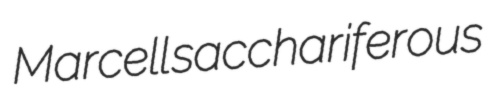
Marcell sacchariferous